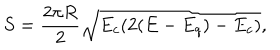
S = \frac { 2 \pi R } { 2 } \sqrt { E _ { c } ( 2 ( E - E _ { q } ) - E _ { c } ) } ,